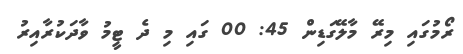
ރޯމުގައި މިރޭ މާލޭގަޑިން 45: 00 ގައި މި ދެ ޓީމު ވާދަކުރާއިރު